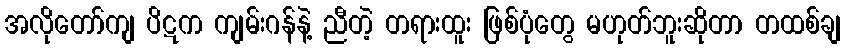
အလိုတော်ကျ ပိဋက ကျမ်းဂန်နဲ့ ညီတဲ့ တရားထူး ဖြစ်ပုံတွေ မဟုတ်ဘူးဆိုတာ တထစ်ချ